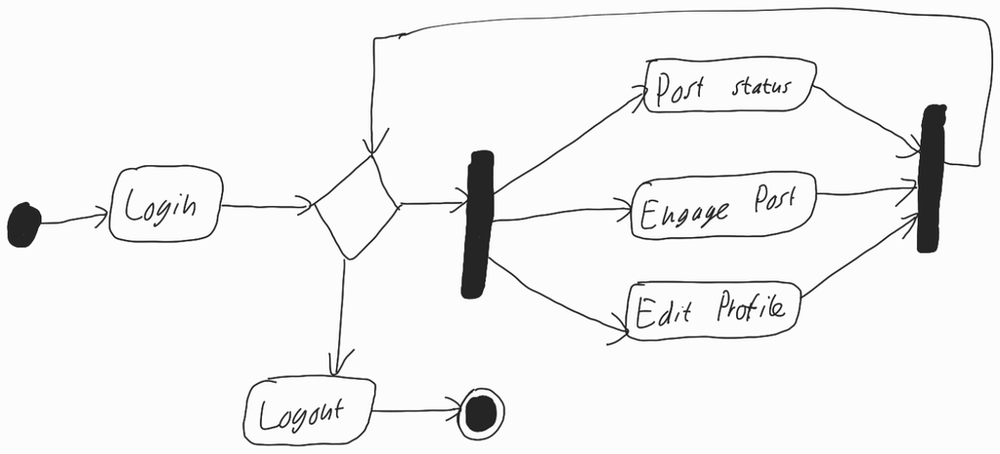
Diagram type: activity_diagram
```plantuml
@startuml

start

:Login;

repeat
  fork
    :Post status;
  fork again
    :Engage Post;
  fork again
    :Edit Profile;
  end fork
repeat while

:Logout;

stop

@enduml
```